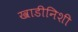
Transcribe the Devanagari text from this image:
खाडीनिशी